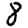
Digit: 8